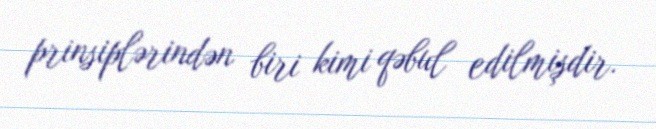
prinsiplərindən biri kimi qəbul edilmişdir.